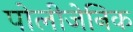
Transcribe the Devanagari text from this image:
पोलीजेनिक